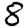
Digit: 8